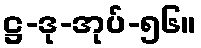
ဋ္ဌ-ဒု-အုပ်-၅၆။